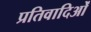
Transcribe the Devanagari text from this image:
प्रतिवादिओं